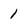
Character: 1